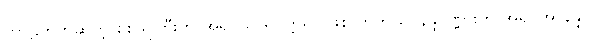
ကာဠဟတ်ဆိုတဲ့ စစ်သူကြီးက အရှင်သာရိပုတ္တရာ ဖြစ်လာတယ်၊ နန္ဒပုဏ္ဏားက အရှင်အာနန္ဒာ